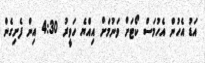
އަޑު އެހުން އެހުމަސް ކޯޓަށް ވަނުމަށް އިއްޔެ ހަވީރު 4:30 އިން ފެށިގެން